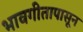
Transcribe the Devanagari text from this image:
भावगीतापासून